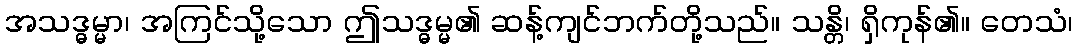
အသဒ္ဓမ္မာ၊ အကြင်သို့သော ဤသဒ္ဓမ္မ၏ ဆန့်ကျင်ဘက်တို့သည်။ သန္တိ၊ ရှိကုန်၏။ တေသံ၊